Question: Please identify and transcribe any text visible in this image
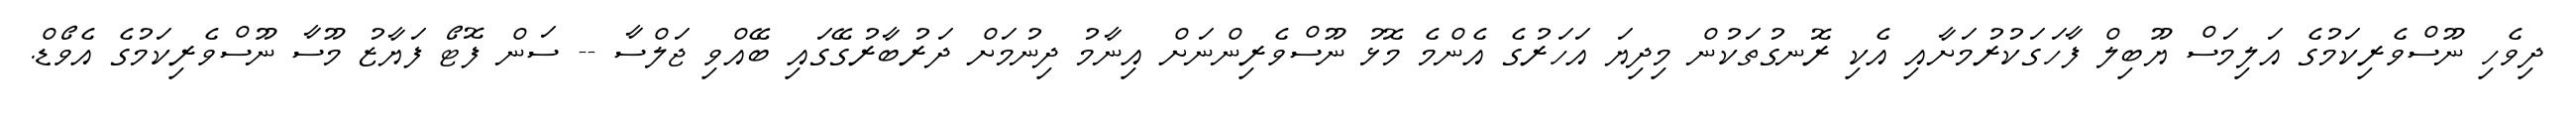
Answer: ދިވެހި ނޫސްވެރިކަމުގެ އަލިމަސް ޔޫބިލް ފާހަގަކުރުމަށާއި އެކި ރޮނގުތަކުން މިދިޔަ އަހަރުގެ އެންމެ މޮޅު ނޫސްވެރިންނަށް އިނާމު ދިނުމަށް ދަރުބާރުގޭގައި ބޭއްވި ޖަލްސާ -- ސަން ފޮޓޯ ފަޔާޒު މޫސާ ނޫސްވެރިކަމުގެ އެވޯޑް.